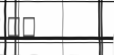
٤٠